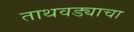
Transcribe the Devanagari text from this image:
ताथवड्याचा